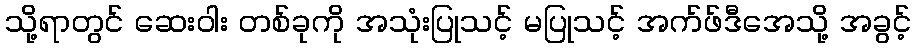
သို့ရာတွင် ဆေးဝါး တစ်ခုကို အသုံးပြုသင့် မပြုသင့် အက်ဖ်ဒီအေသို့ အခွင့်